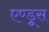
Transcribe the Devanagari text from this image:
एण्ड्रूस